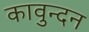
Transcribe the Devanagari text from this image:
कावुन्दन